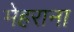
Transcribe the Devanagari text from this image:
मेहराना